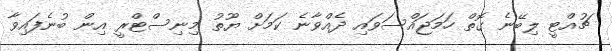
ޗުއްޓީ ލިބޭނެ ގޮތް ހަމަޖައްސަވައި ދެއްވާނެ ކަމަށް ޔޫތު މިނިސްޓްރީ އިން ބުނެފައިވާ